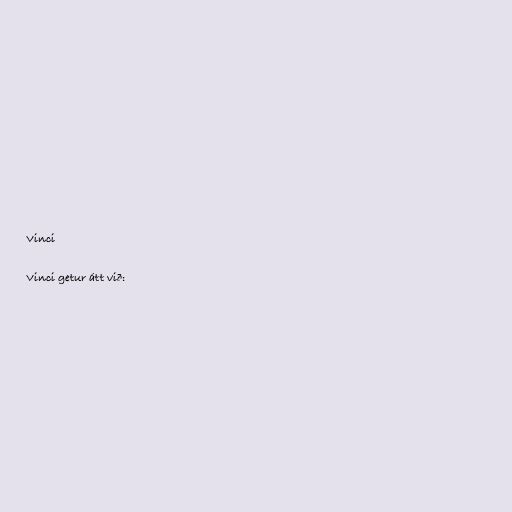
Vinci

Vinci getur átt við: